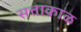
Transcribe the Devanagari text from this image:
सत्ताकाळ